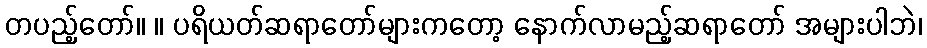
တပည့်တော်။ ။ ပရိယတ်ဆရာတော်များကတော့ နောက်လာမည့်ဆရာတော် အများပါဘဲ၊